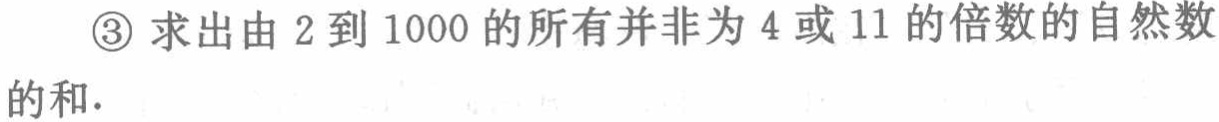
\textcircled{3} 求出由 2 到 1000 的所有并非为 4 或 11 的倍数的自然数的和.